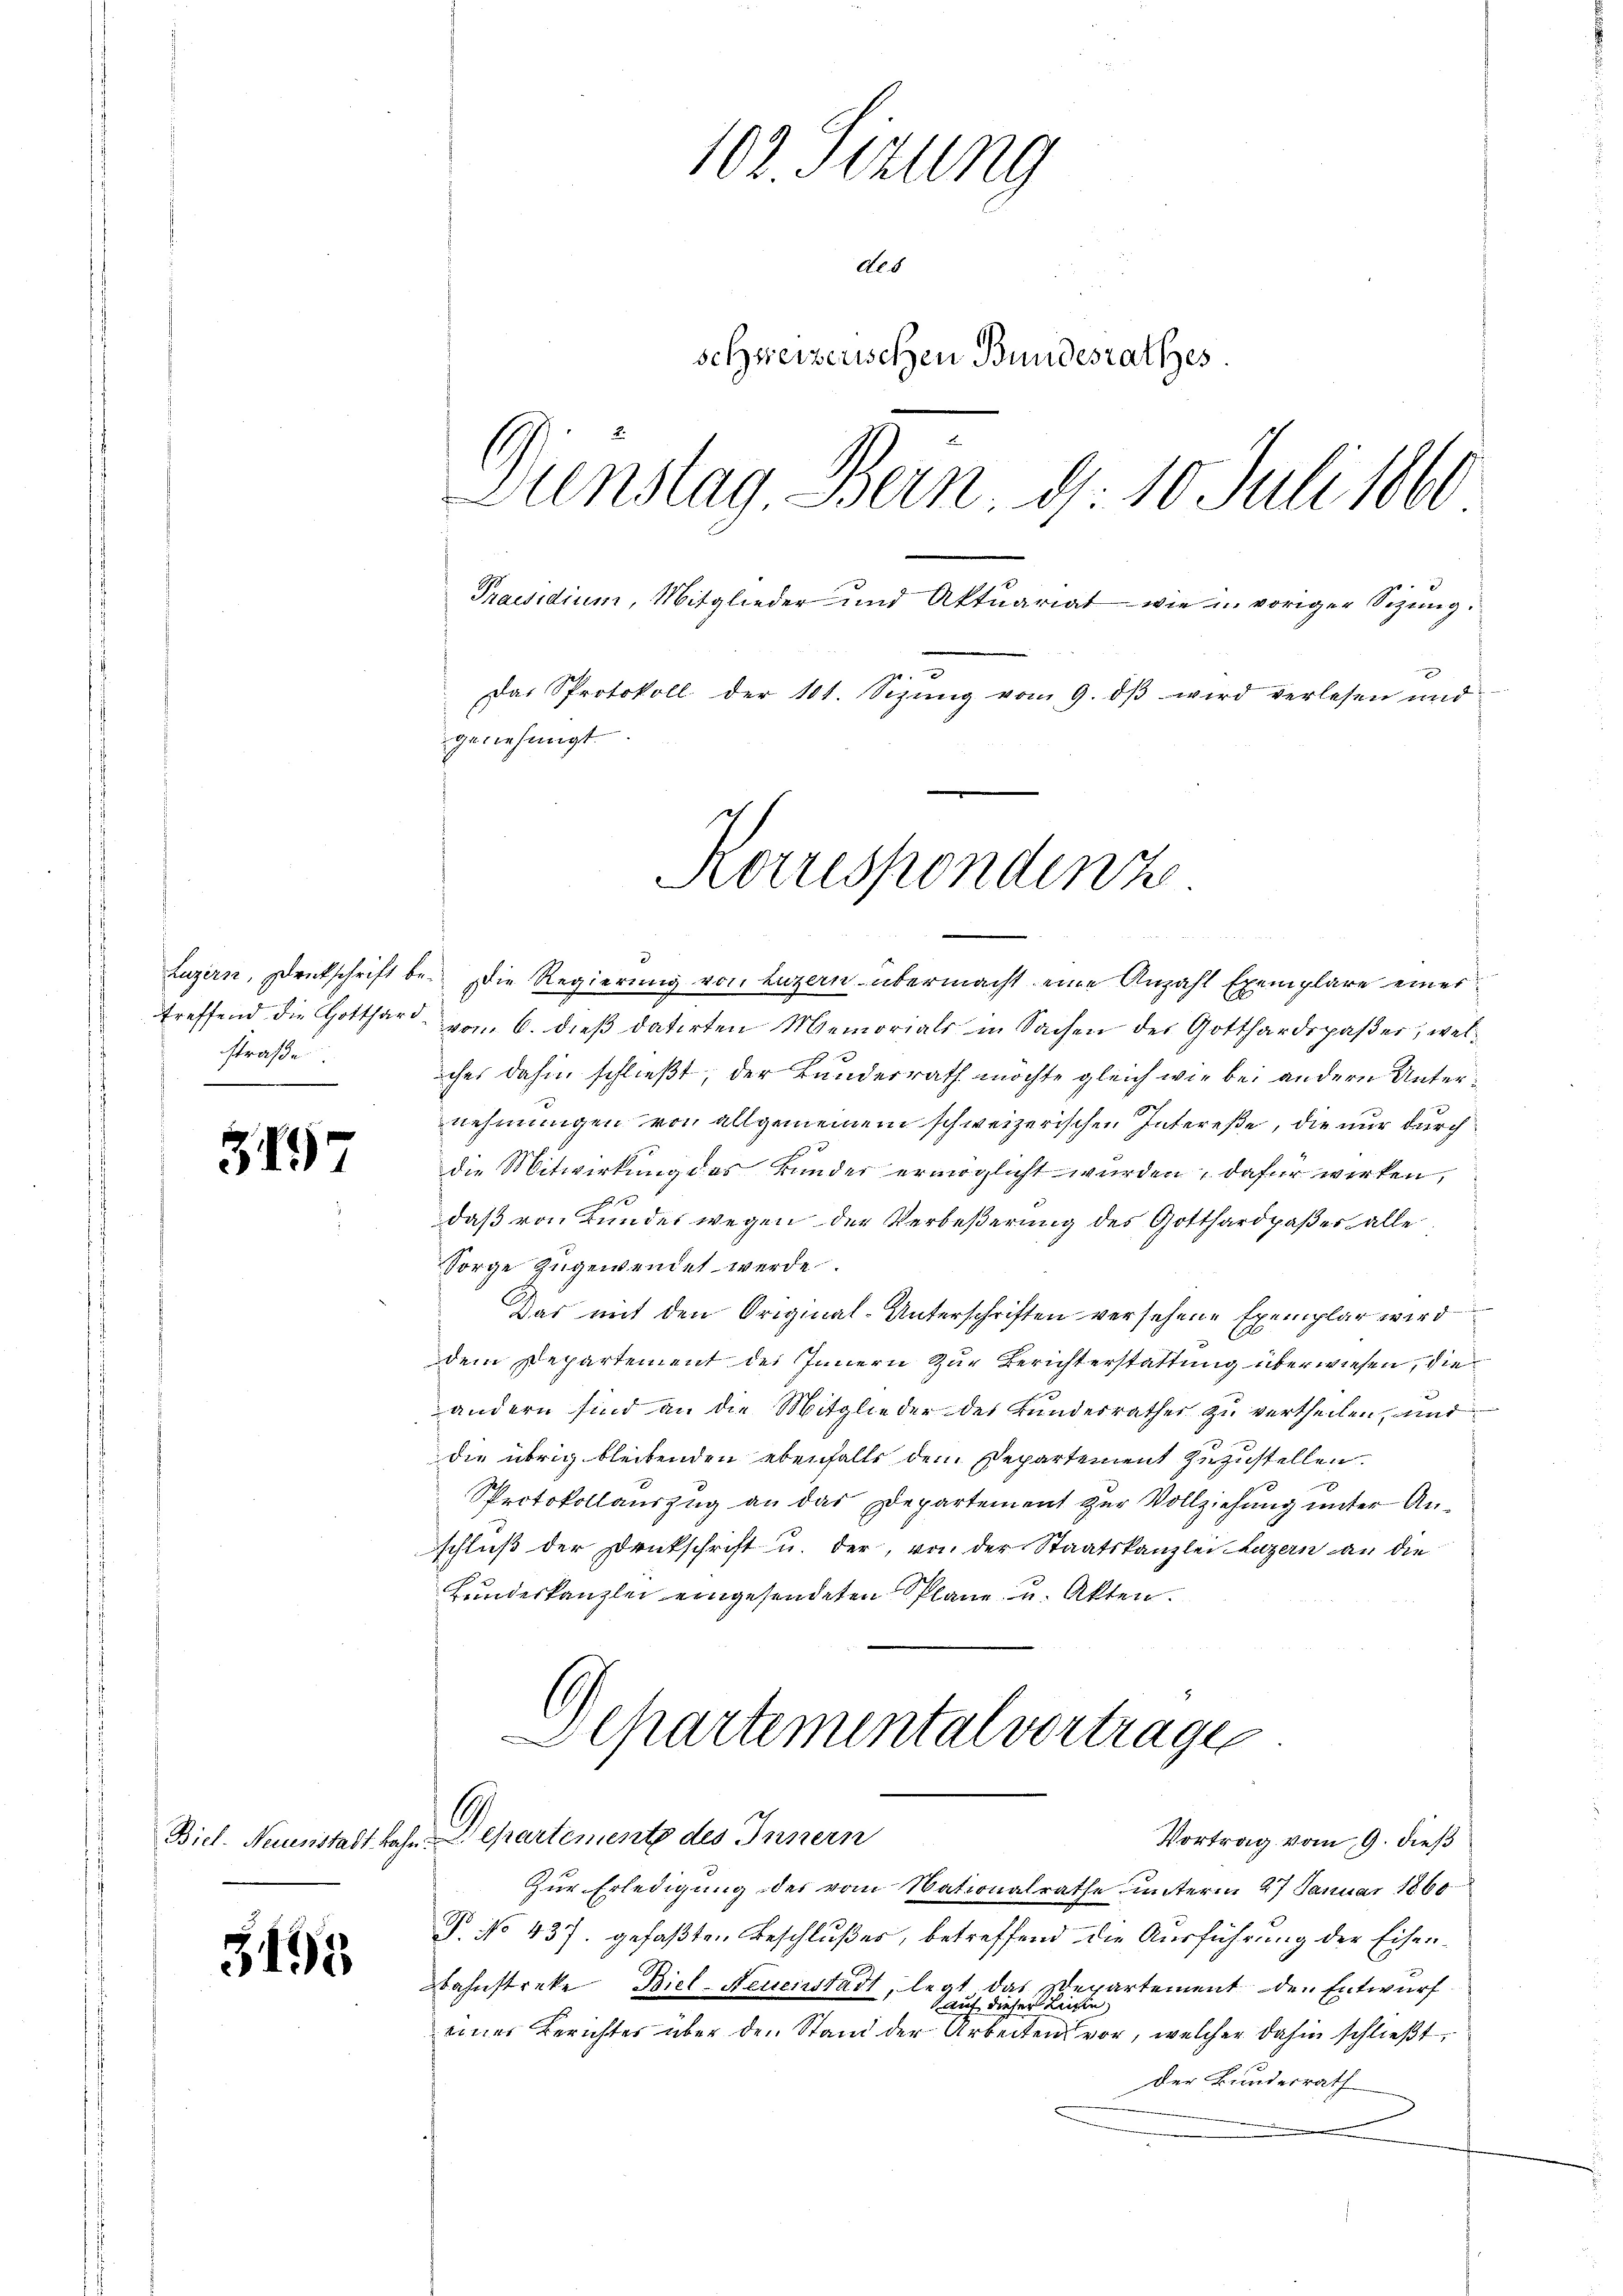
treffend die Gotthard-
straße

3197

3195

102. Sizung
des
schweizerischen Bundesrathes
Dienstag. Bern, d. 10. Juli 1860
Praesidium, Mitglieder und Aktuariat wie in voriger Sitzung.
2
s
Das Protokoll der 101. Sizŭng vom 9. dβ wird verlesen und
geziehungt.

Korrespondenz.

Luzern, Druckschrift be- Die Regierung von Luzern übermacht eine Anzahl Exemplare einer
vom 6. dieß datirten Memorials in Sachen der Gotthardspaßer, welches dahin schließt, der Landesrath möchte gleich wie bei andern Unternehmungen von allgemeinem schweizerischen Intereße, die nur durch
die Mitwirkung des kunder ermöglicht wurden, dafür wirken,
daß von Bundes wegen der Verbeßerung des Gotthardpaßes alle
Sorge zugewendet werde.
Das mit den Original-Unterschriften versehene Exemplar wird
dem Departement des Innern zur Berichterstattung überwiesen, die
andern sind an die Mitglieder des Bunderrathes zu vertheilen, und
die übrig bleibenden ebenfalls dem Departement zuzustellen.
Protokollauszug an das Departement zur Vollziehung unter Anschluß der Druckschrift u. der, von der Staatskanzlei Luzern an die
Bundeskanzlei eingesendeten Plane u. Akten.

Departemental vortrages
Biel. Neunstadt Jahr. Departement des Innern

Zur Erledigung des vom Nationalrathe unterm 27. Januar 1860
P No 437. gefaßten Beschlußes, betreffend die Ausführung der Eisen¬
Bahnstreke Biel-Neuenstadt, legt das Departement den Entwurf
auf dieser Leiden
einer Berichtes über den Stand der Arbeitens vor, welcher dahin schließt
der Bundesrath

Vortrag vom 9. dieß